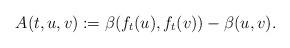
LaTeX: \begin{align*}A(t,u,v):=\beta(f_t(u),f_t(v))-\beta(u,v).\end{align*}